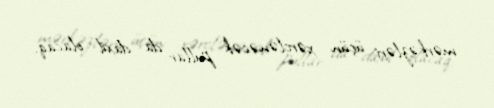
mərkəzləri üçün xərclənəcək pullar da daxil olacaq.